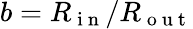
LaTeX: b=R_{\mathrm{~i~n~}}/R_{\mathrm{~o~u~t~}}